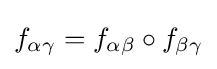
f_{\alpha \gamma }=f_{\alpha \beta }\circ f_{\beta \gamma }